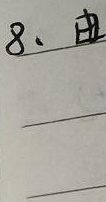
8、由______